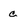
Character: c